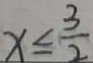
x \leq \frac { 3 } { 2 }